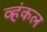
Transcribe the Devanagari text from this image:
व्हंकल